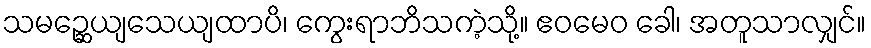
သမဉ္ဆေယျသေယျထာပိ၊ ကွေးရာဘိသကဲ့သို့။ ဧဝမေဝ ခေါ၊ အတူသာလျှင်။